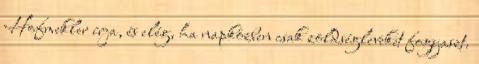
Hofmekler írja, és elég, ha napközben csak zöldségleveket fogyaszt.